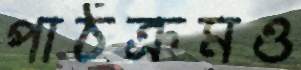
পাঠক্রমও